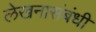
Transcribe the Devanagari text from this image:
लेखनासंबंधी